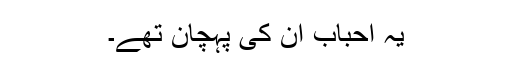
یہ احباب ان کی پہچان تھے۔